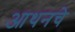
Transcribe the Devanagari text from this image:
आथनचे